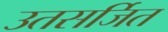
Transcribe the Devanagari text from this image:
उतसर्जित